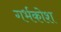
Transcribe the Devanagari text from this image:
गर्भकोश